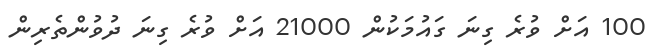
100 އަށް ވުރެ ގިނަ ގައުމަކުން 21000 އަށް ވުރެ ގިނަ ދުވުންތެރިން